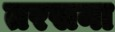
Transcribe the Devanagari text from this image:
तरसना